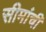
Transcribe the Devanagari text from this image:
सीमांची